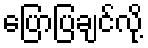
ပြောပြချင်လို့